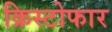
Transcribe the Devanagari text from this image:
क्रिस्टोफार